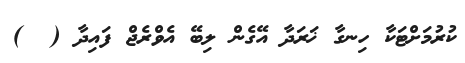
ކުރުމަށްޓަކާ ހިނގާ ޚަރަދާ އޭގެން ލިބޭ އެވްރެޖް ފައިދާ (  )